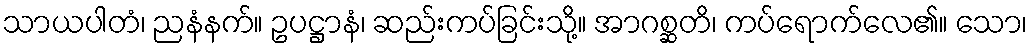
သာယပါတံ၊ ညနံနက်။ ဥပဋ္ဌာနံ၊ ဆည်းကပ်ခြင်းသို့။ အာဂစ္ဆတိ၊ ကပ်ရောက်လေ၏။ သော၊